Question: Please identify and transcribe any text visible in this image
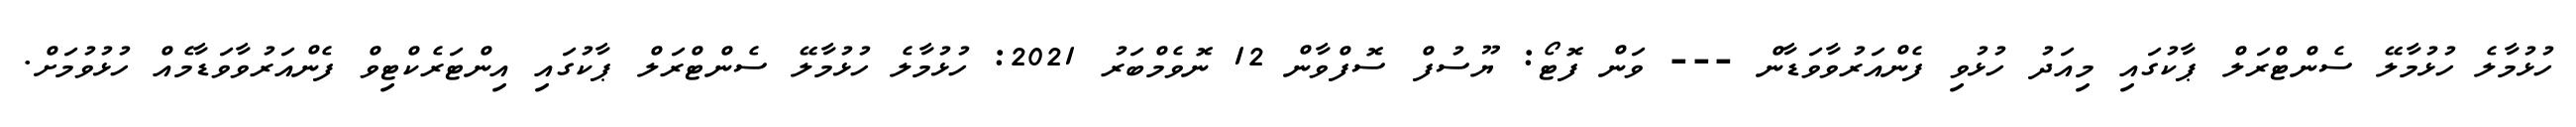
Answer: ހުޅުމާލެ ހުޅުމާލޭ ސެންޓްރަލް ޕާކުގައި މިއަދު ހުޅުވި ފެންއަރުވާވަޑާން --- ވަން ފޮޓޯ: ޔޫސުފް ސޮފްވާން 12 ނޮވެމްބަރު 2021: ހުޅުމާލެ ހުޅުމާލޭ ސެންޓްރަލް ޕާކުގައި އިންޓަރެކްޓިވް ފެންއަރުވާވަޑާމެއް ހުޅުވުމަށް.